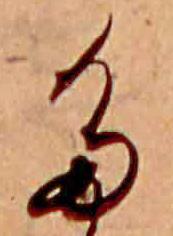
た